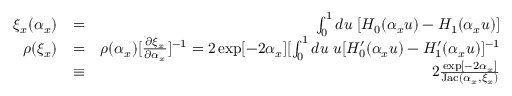
\begin{array} { r l r } { \xi _ { x } ( \alpha _ { x } ) } & { = } & { \int _ { 0 } ^ { 1 } d u \; [ H _ { 0 } ( \alpha _ { x } u ) - H _ { 1 } ( \alpha _ { x } u ) ] } \\ { \rho ( \xi _ { x } ) } & { = } & { \rho ( \alpha _ { x } ) [ \frac { \partial \xi _ { x } } { \partial \alpha _ { x } } ] ^ { - 1 } = 2 \exp [ - 2 \alpha _ { x } ] [ \int _ { 0 } ^ { 1 } d u \; u [ H _ { 0 } ^ { \prime } ( \alpha _ { x } u ) - H _ { 1 } ^ { \prime } ( \alpha _ { x } u ) ] ^ { - 1 } } \\ & { \equiv } & { 2 \frac { \exp [ - 2 \alpha _ { x } ] } { \mathrm { J a c } ( \alpha _ { x } , \xi _ { x } ) } } \end{array}